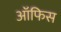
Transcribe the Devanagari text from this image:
अॉफिस